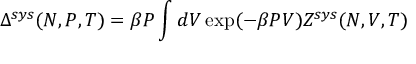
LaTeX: \Delta ^ { s y s } ( N , P , T ) = \beta P \int d V \exp ( - \beta P V ) Z ^ { s y s } ( N , V , T )